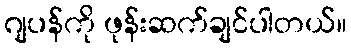
ဂျပန်ကို ဖုန်းဆက်ချင်ပါတယ်။